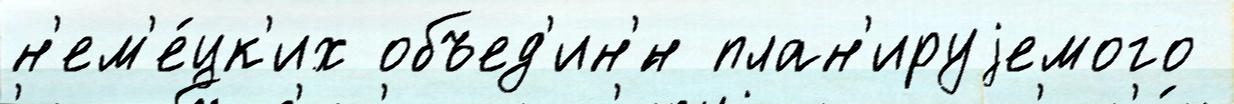
н'ем'е́цк'их объед'ин'́н план'ируjемого